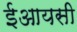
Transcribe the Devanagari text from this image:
ईआयसी